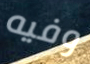
وفيه